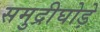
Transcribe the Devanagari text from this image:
समुद्रीघोड़े